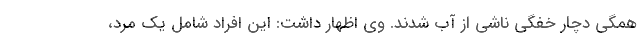
همگی دچار خفگی ناشی از آب شدند. وی اظهار داشت: این افراد شامل یک مرد،